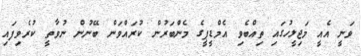
ވަނީ އެއީ މަޖިލީހުގައި ތިއްބެވި އެމްޑީޕީގެ މެންބަރުން ކުރައްވަން ބޭނުން ނުވާތީ ކުރެވިފައި